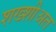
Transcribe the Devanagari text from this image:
शख्शीअत